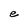
Character: e